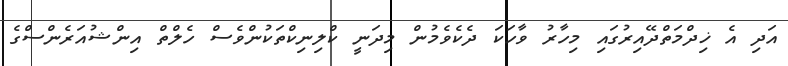
އަދި އެ ޚިދްމަތްދޭއިރުގައި މިހާރު ވާހަކަ ދެކެވެމުން މިދަނީ ކްލިނިކްތަކުންވެސް ހެލްތް އިންޝުއަރެންސްގެ